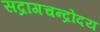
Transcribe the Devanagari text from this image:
सद्रागचन्द्रोदय